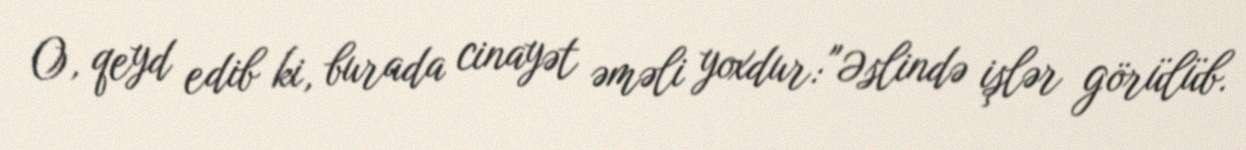
O, qeyd edib ki, burada cinayət əməli yoxdur: "Əslində işlər görülüb.